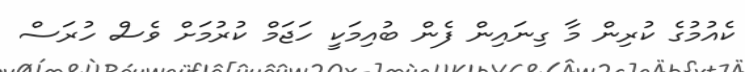
ކެއުމުގެ ކުރިން މާ ގިނައިން ފެން ބުއިމަކީ ހަޖަމް ކުރުމަށް ވެސް ހުރަސް